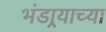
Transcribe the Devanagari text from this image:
भंडार्‍याच्या